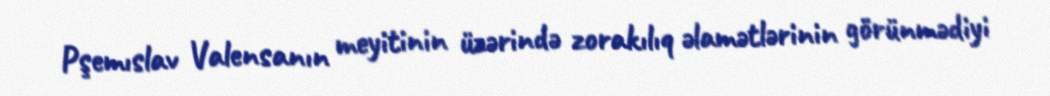
Pşemıslav Valensanın meyitinin üzərində zorakılıq əlamətlərinin görünmədiyi